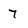
Character: 7